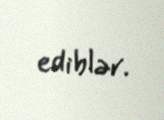
ediblər.